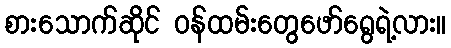
စားသောက်ဆိုင် ဝန်ထမ်းတွေဖော်ရွေရဲ့လား။